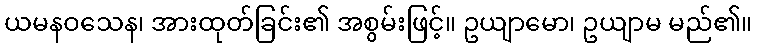
ယမနဝသေန၊ အားထုတ်ခြင်း၏ အစွမ်းဖြင့်။ ဥယျာမော၊ ဥယျာမ မည်၏။